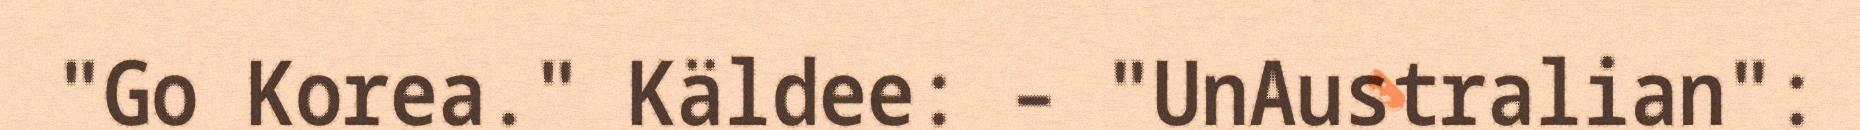
"Go Korea." Käldee: – "UnAustralian":